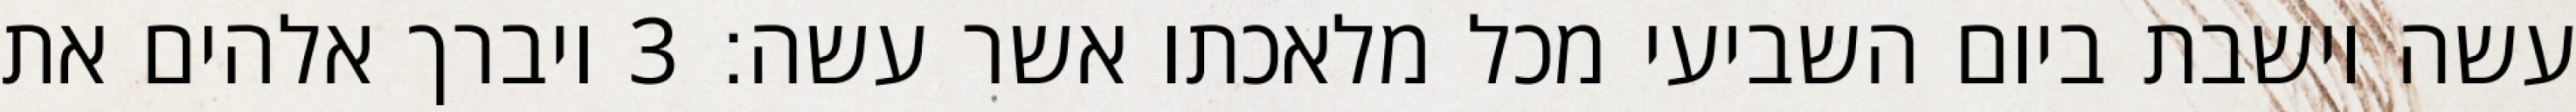
עשה וישבת ביום השביעי מכל מלאכתו אשר עשה׃ ‎3‏ ויברך אלהים את